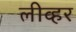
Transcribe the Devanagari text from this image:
लीव्हर